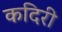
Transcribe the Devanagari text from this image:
कदिरी